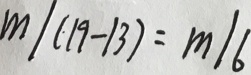
m / ( 1 9 - 1 3 ) = m / 6